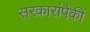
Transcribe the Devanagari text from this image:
सरकारांपैकी